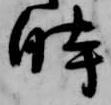
時